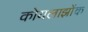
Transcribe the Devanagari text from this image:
कोयलाझोंक